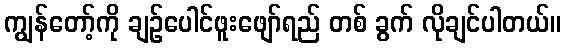
ကျွန်တော့်ကို ချဉ်ပေါင်ဖူးဖျော်ရည် တစ် ခွက် လိုချင်ပါတယ်။